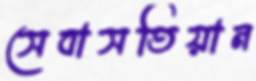
সেবাসতিয়ান